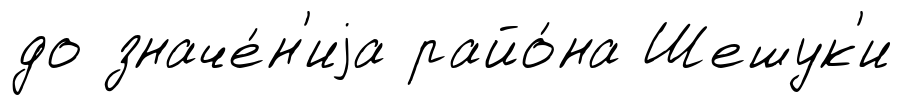
до значе́н'иjа райо́на Шешук'и